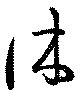
休